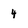
Character: 4